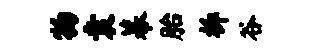
物袁幕胎柝谷